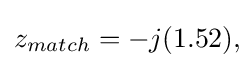
z_{match}=-j(1.52),\!